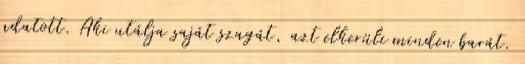
adatott. Aki utálja saját szagát, azt elkerüli minden barát.